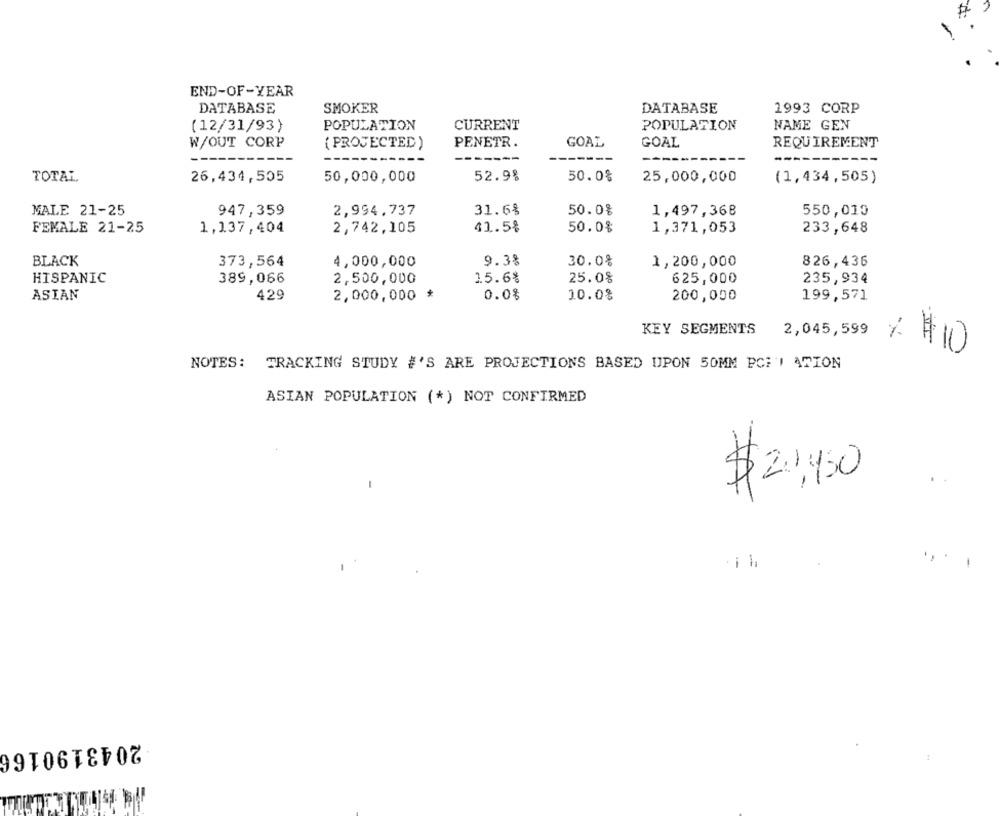
END-OF-YEAR
DATABASE
SMOKER
DATABASE
1993 CORP
(12/31/93)
POPULATION
CURRENT
POPULATION
NAME GEN
W/OUT CORP
( PROJECTED )
PENETR.
GOAL
GOAL
REQUIREMENT
----
---
TOTAL
26,434,505
50,000,000
52.9%
50.0%
25,000,000
(1,434,505)
MALE 21-25
947,359
2,994,737
31.6%
50.08
1,497,368
550,010
FEMALE 21-25
1,137,404
2,742,105
41.5%
50.0%
1,371,053
233,648
9.38
30.0%
BLACK
373,564
4,000,000
1,200,000
826,436
15.6%
25.0%
625,000
HISPANIC
389,066
2,500,000
235,934
0.0%
ASIAN
429
2,000,000 *
10.0%
200,000
199,571
KEY SEGMENTS
2,045,599
: $10
NOTES: TRACKING STUDY #'S ARE PROJECTIONS BASED UPON 50MM PCFI ATION
ASIAN POPULATION (*) NOT CONFIRMED
$ 2,450
-
-
2043190166
: